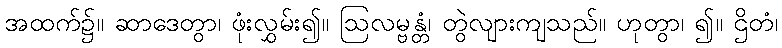
အထက်၌။ ဆာဒေတွာ၊ ဖုံးလွှမ်း၍။ ဩလမ္ဗန္တံ၊ တွဲလျားကျသည်။ ဟုတွာ၊ ၍။ ဌိတံ၊